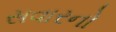
સવારનો